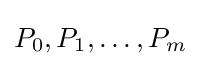
P_{0},P_{1},\dots ,P_{m}